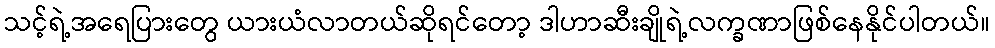
သင့်ရဲ့အရေပြားတွေ ယားယံလာတယ်ဆိုရင်တော့ ဒါဟာဆီးချိုရဲ့လက္ခဏာဖြစ်နေနိုင်ပါတယ်။